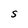
Character: S